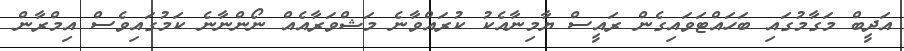
އަދީބް މަގާމުގައި ބަހައްޓަވައިގެން ރައީސް ޔާމިނާއެކު ކުރައްވާނެ މަޝްވަރާއެއް ނޯންނާނެ ކަމުގައިވެސް އިމްރާން